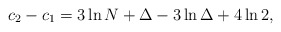
\begin{align*}c_2 - c_1 = 3\ln N + \Delta - 3\ln\Delta + 4\ln 2,\end{align*}